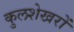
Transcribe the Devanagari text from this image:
कुलशेखरों